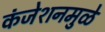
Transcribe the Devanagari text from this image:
कंजेशनमुळे